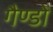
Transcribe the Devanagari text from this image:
गैण्डों